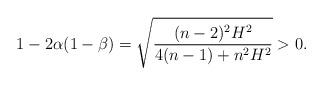
LaTeX: \begin{align*}1-2\alpha(1-\beta)= \sqrt{\dfrac{(n-2)^2H^2}{4(n-1)+n^2H^2}}>0.\end{align*}